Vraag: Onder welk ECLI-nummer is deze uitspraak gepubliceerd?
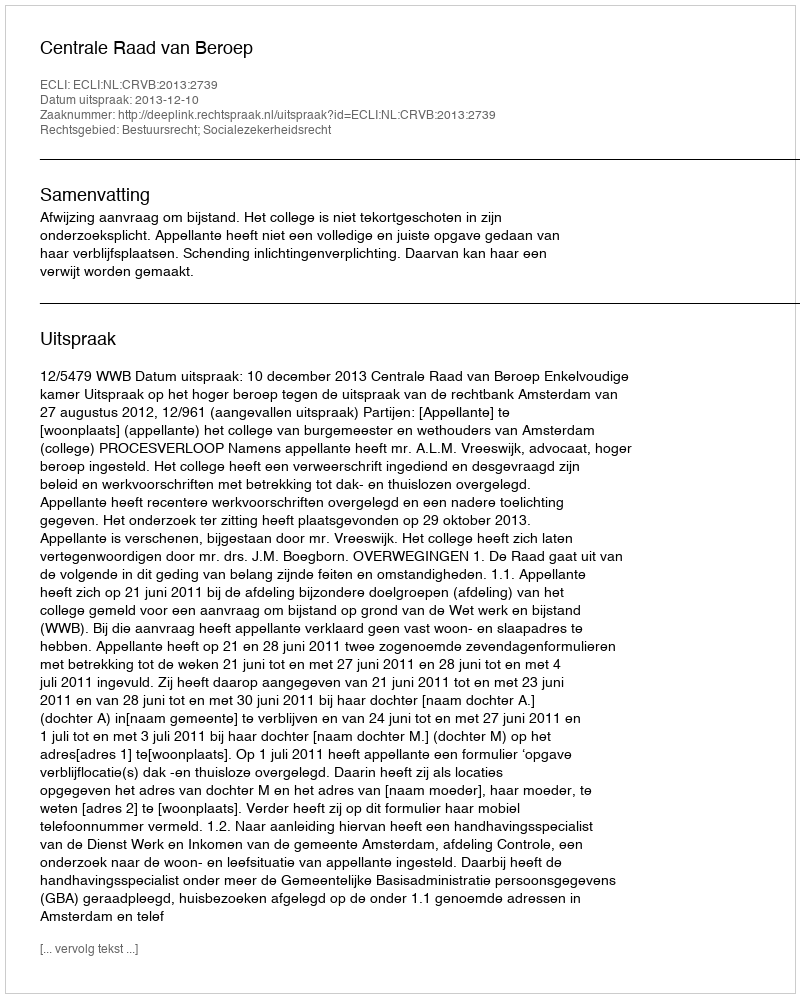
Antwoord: ECLI:NL:CRVB:2013:2739